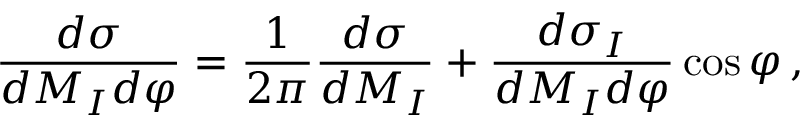
\frac { d \sigma } { d M _ { I } d \varphi } = \frac { 1 } { 2 \pi } \frac { d \sigma } { d M _ { I } } + \frac { d \sigma _ { I } } { d M _ { I } d \varphi } \cos \varphi \, ,